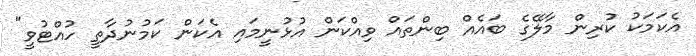
އެކަމަކު ކުރިން މާލޭގެ ބައެއް ބިންތައް ވިއްކަން އުޅުނީމައި އެކަން ކަމުނުދާތީ ހުއްޓުވީ"